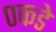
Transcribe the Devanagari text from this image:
०कडे